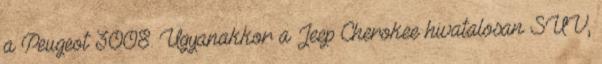
a Peugeot 3008. Ugyanakkor a Jeep Cherokee hivatalosan SUV,